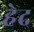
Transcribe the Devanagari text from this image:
हेद